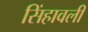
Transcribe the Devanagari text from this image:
सिंहावली